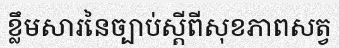
ខ្លឹមសារនៃច្បាប់ស្តីពីសុខភាពសត្វ